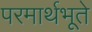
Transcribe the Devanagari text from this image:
परमार्थभूते